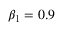
\beta _ { 1 } = 0 . 9